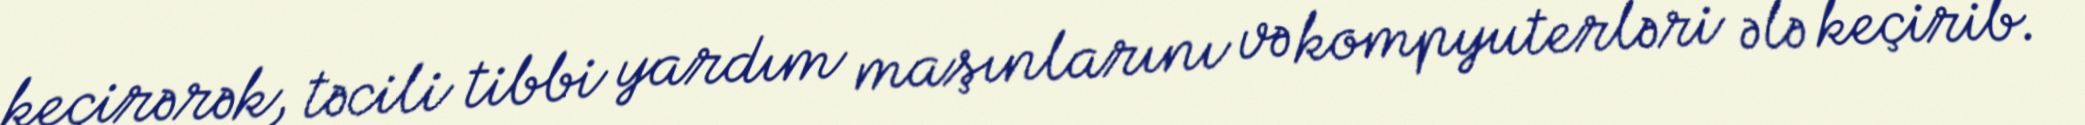
keçirərək, təcili tibbi yardım maşınlarını və kompyuterləri ələ keçirib.